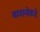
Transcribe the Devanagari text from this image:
व्यवस्थेकडे